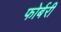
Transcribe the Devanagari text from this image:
फोर्बरी